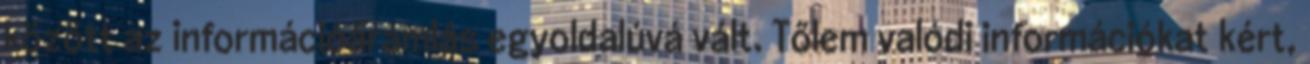
között az információáramlás egyolda­lúvá vált. Tőlem valódi információkat kért,